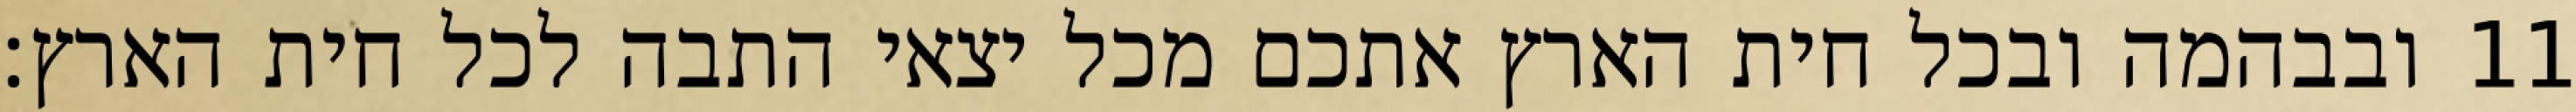
ובבהמה ובכל חית הארץ אתכם מכל יצאי התבה לכל חית הארץ׃ ‎11‏